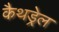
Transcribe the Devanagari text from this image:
कैथड्रेल